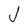
Character: J